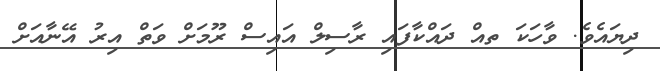
ދިޔައެވެ. ވާހަކަ ތއް ދައްކާފައި ރާސިލް އައިސް ރޫމަށް ވަތް އިރު އޭނާއަށް